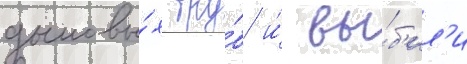
дымовы́х тру́б и́ вы́б'ил'и